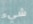
شيء